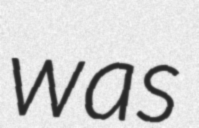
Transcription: was